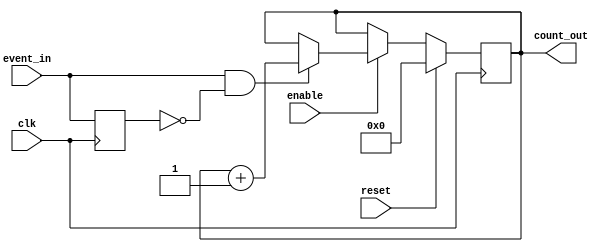
module event_triggered_counter (
    input wire clk,           // Clock signal
    input wire reset,         // Active high reset signal
    input wire enable,        // Active high enable signal
    input wire event_in,      // Event input signal
    output reg [7:0] count_out // 8-bit count output (adjust width as needed)
);

    // Internal signal for edge detection
    reg event_in_prev; // Previous state of event_in

    always @(posedge clk) begin
        // Check for reset condition
        if (reset) begin
            count_out <= 8'b0; // Reset count to zero
        end else if (enable) begin
            // Rising edge detection for event_in
            if (event_in && !event_in_prev) begin
                count_out <= count_out + 1'b1; // Increment count
            end
        end

        // Update previous event input state
        event_in_prev <= event_in; 
    end

endmodule